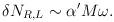
LaTeX: \begin{align*}\delta N_{R,L} \sim \alpha' M\omega.\end{align*}